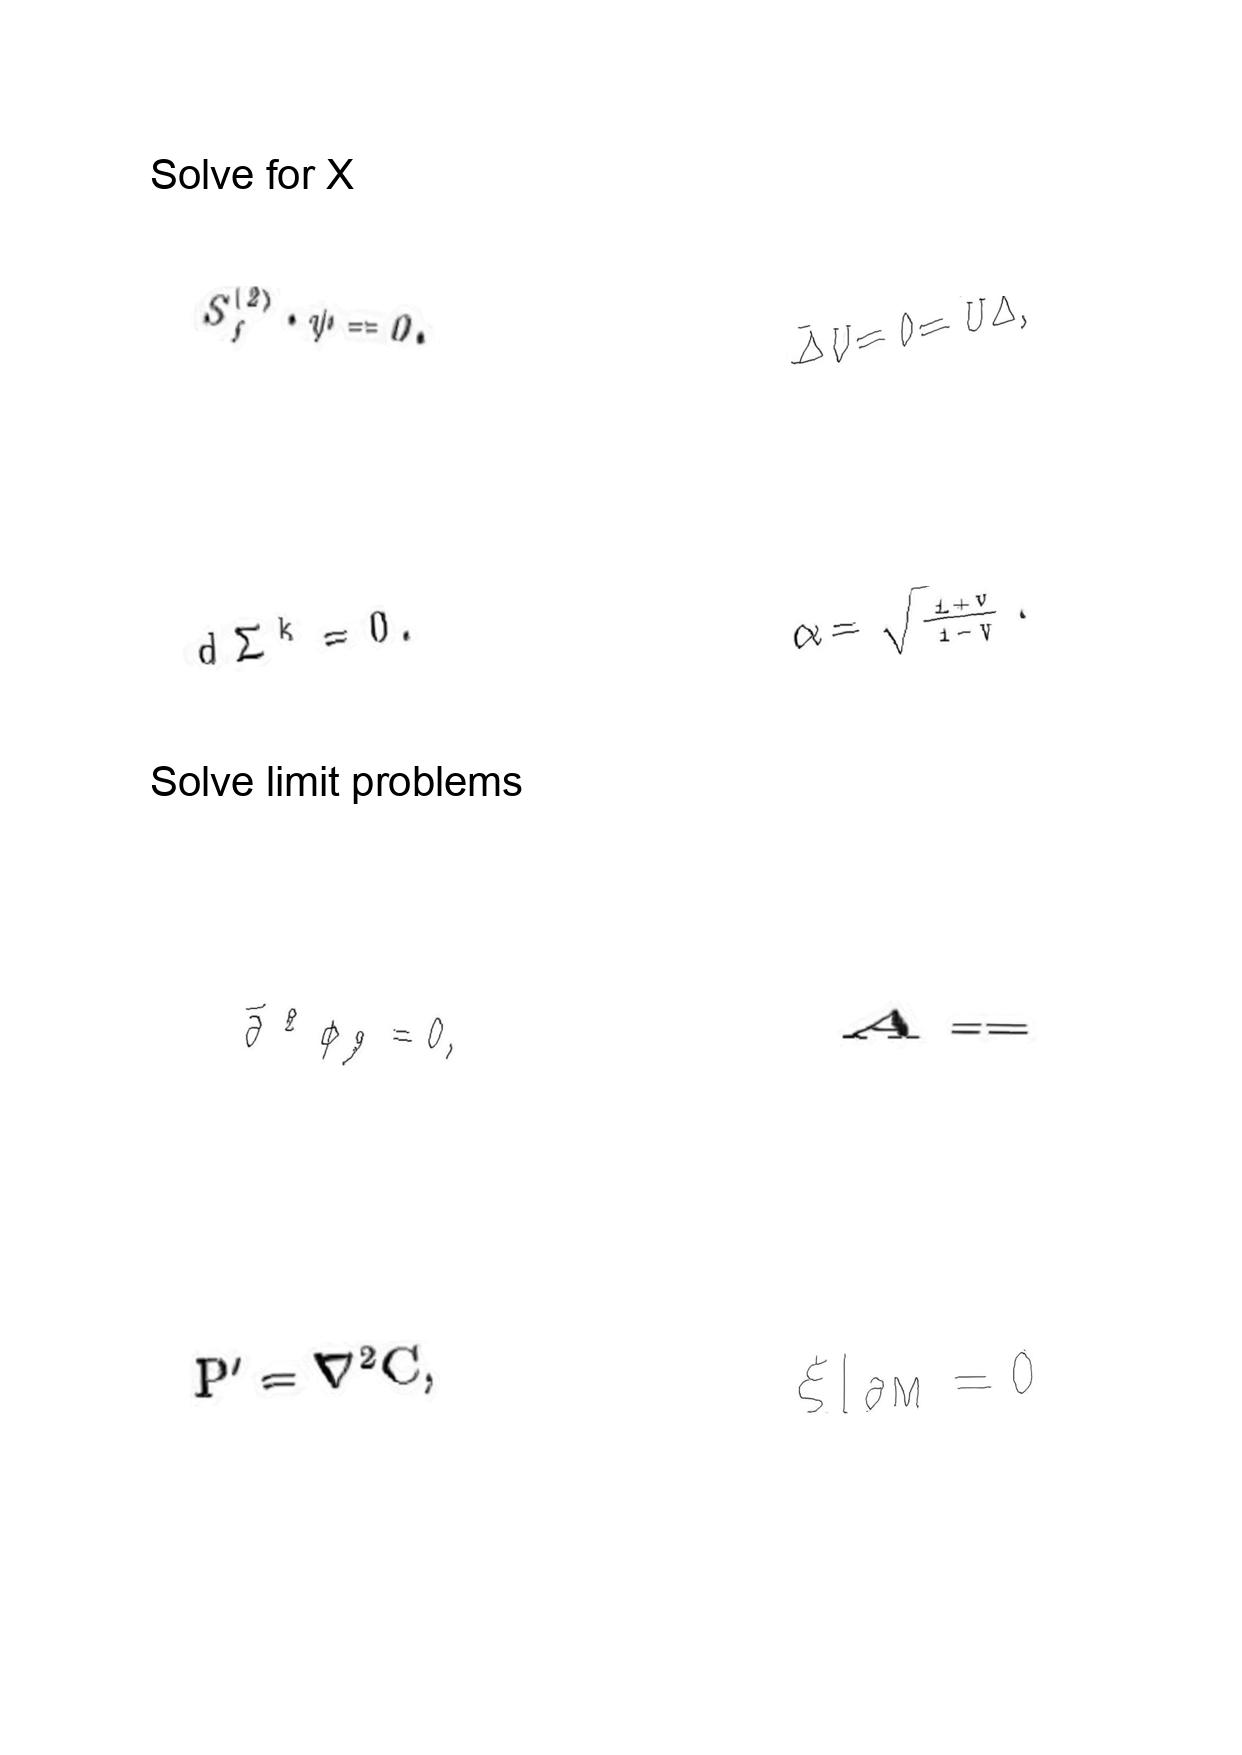
LaTeX transcription:
S _ { f } ^ { \lparen 2 \rparen } \cdot \psi = 0 .
d \Sigma ^ { k } = 0 .
\vec { \partial } ^ { 2 } \phi _ { 9 } = 0 ,
P ^ { \prime } = \nabla ^ { 2 } C ,
\bar { \Delta } U = 0 = \bar { U } \Delta ,
\alpha = \sqrt { \frac { 1 + v } { 1 - v } } .
A =
\xi \vert _ { \partial M } = 0